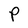
Character: P